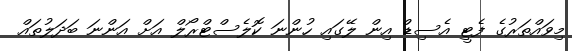
މިވައްތަރުގެ ފެޓީ އެސިޑް އިން ލޭގައި ހުންނަ ކޮލެސްޓްރޯލް އަށް އަންނަ ބަދަލުތައް